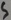
Text: S